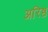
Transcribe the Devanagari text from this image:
अरिष्ठ